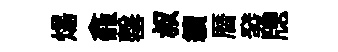
煬龕罄叔續暦發牕